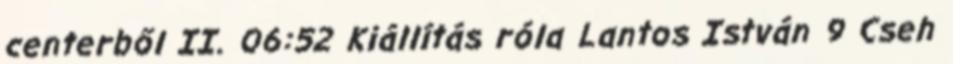
centerből II. 06:52 Kiállítás róla Lantos István 9 Cseh